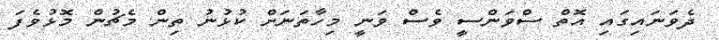
ދެވަނައިގައި އޮތް ސްވަންސީ ވެސް ވަނީ މިހާތަނަށް ކުޅުނު ތިން މެޗުން މޮޅުވެފަ